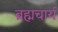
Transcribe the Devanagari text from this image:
ब्रह्मचार्य